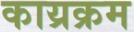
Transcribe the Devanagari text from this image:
काय्रक्रम